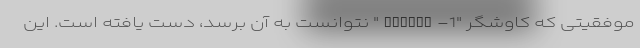
موفقیتی که کاوشگر "Yinguo-1" نتوانست به آن برسد، دست یافته است. این